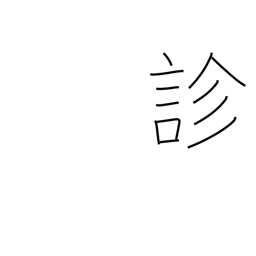
Meaning: diagnose